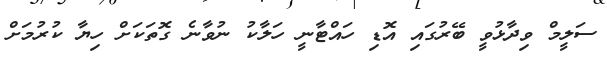
ސަލީމް ވިދާޅުވީ ބޭރުގައި އޮޑި ހައްޓާނީ ހަލާކު ނުވާނެ ގޮތަކަށް ހިޔާ ކުރުމަށް